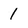
Character: 1